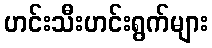
ဟင်းသီးဟင်းရွက်များ